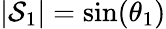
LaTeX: |\mathcal{S}_{1}|=\sin(\theta_{1})